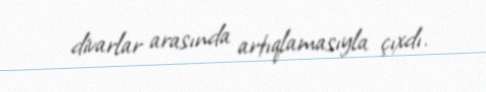
divarlar arasında artıqlamasıyla çıxdı.